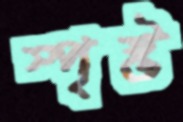
স্পৃষ্ট